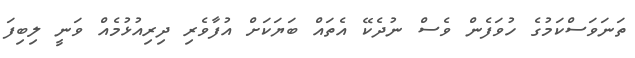
ތަނަވަސްކަމުގެ ހުވަފެން ވެސް ނުދެކޭ އެތައް ބަޔަކަށް އުފާވެރި ދިރިއުޅުމެއް ވަނީ ލިބިފަ